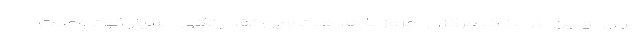
برای اولین بار بانک مرکزی امروز با هدف تأمین نقدینگی بسیار کوتاه‌مدت